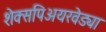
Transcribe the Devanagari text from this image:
शेक्सपिअयरवेड्या